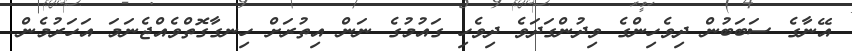
އޭނާގެ ސަބަބުން ދިވެހިންގެ ވިދުންގަދަވެ ދިވެހި ގައުމުގެ ނަން އިތުރަށް ހިނގާގޮތްވެއްޖެނަމަ އަހަރުމެން